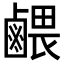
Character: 𪉭